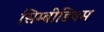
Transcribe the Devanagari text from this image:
सिम्बीडियम